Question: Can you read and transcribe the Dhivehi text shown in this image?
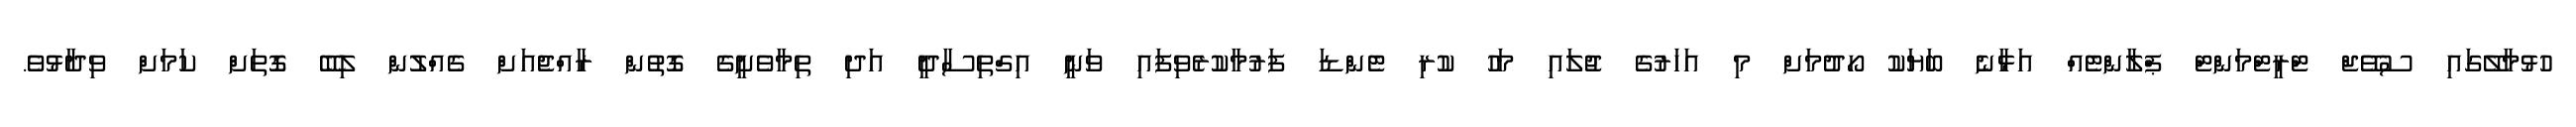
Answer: ހުޅުމާލޭގައި ސުވޭޖް ޓްރީޓްމަންޓް ޕްލާންޓެއް އަޅާނެ ބަޔަކު ހޯދުމަށް މި އަހަރުގެ ޖުލައި މަހު ކުރި ޓެންޑަ ފަރުމާކުރެވިފައި ވަނީ އިގްތިސާދީ އަދި ތިމާވެށީގެ ގޮތުން ރާއްޖެއަށް ގެއްލުން ލިބޭ ގޮތަށް ކަމަށް ވިދާޅުވެ.